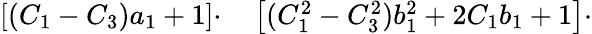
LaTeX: \begin{array}{rl}{\left[(C_{1}-C_{3})a_{1}+1\right]\cdot}&{{}\left[(C_{1}^{2}-C_{3}^{2})b_{1}^{2}+2C_{1}b_{1}+1\right]\cdot}\end{array}